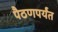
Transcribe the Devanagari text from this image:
पैठणपर्यंत